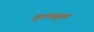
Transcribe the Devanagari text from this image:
हरकतुल